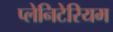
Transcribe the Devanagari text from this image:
प्लेनिटेरियम